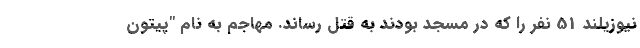
نیوزیلند 51 نفر را که در مسجد بودند به قتل رساند. مهاجم به نام "پیتون